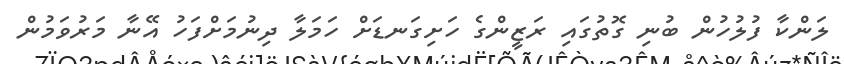
ލަންކާ ފުލުހުން ބުނި ގޮތުގައި ރަޒީންގެ ހަށިގަނޑަށް ހަމަލާ ދިނުމަށްފަހު އޭނާ މަރުވަމުން